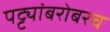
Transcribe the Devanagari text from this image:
पट्ट्यांबरोबरच